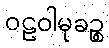
ဝဠဝါမုခဉ္စ